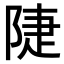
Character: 𨺇